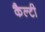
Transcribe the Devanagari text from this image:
कैल्टी